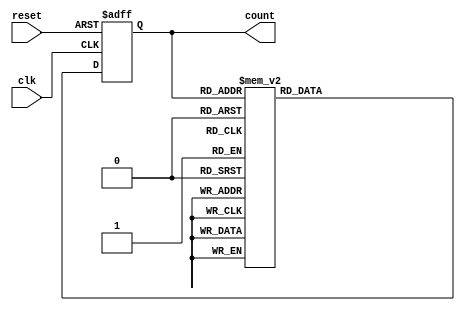
module DecadeRingCounter (
    input wire clk,        // Clock input
    input wire reset,      // Asynchronous reset
    output reg [3:0] count // 4-bit output to represent the current state
);

// State transition logic
always @(posedge clk or posedge reset) begin
    if (reset) begin
        count <= 4'b0000; // Initialize to state 0
    end else begin
        case (count)
            4'b0000: count <= 4'b0001; // State 0 to State 1
            4'b0001: count <= 4'b0010; // State 1 to State 2
            4'b0010: count <= 4'b0011; // State 2 to State 3
            4'b0011: count <= 4'b0100; // State 3 to State 4
            4'b0100: count <= 4'b0101; // State 4 to State 5
            4'b0101: count <= 4'b0110; // State 5 to State 6
            4'b0110: count <= 4'b0111; // State 6 to State 7
            4'b0111: count <= 4'b1000; // State 7 to State 8
            4'b1000: count <= 4'b1001; // State 8 to State 9
            4'b1001: count <= 4'b0000; // State 9 back to State 0
            default: count <= 4'b0000; // Default case to handle unused states
        endcase
    end
end

endmodule